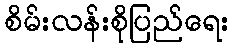
စိမ်းလန်းစိုပြည်ရေး